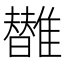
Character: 𩁀